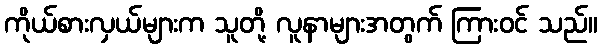
ကိုယ်စားလှယ်များက သူတို့ လူနာများအတွက် ကြားဝင် သည်။